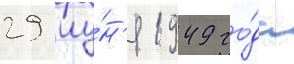
29 иу́н'я 1949 го́да